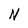
Character: N